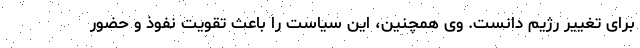
برای تغییر رژیم دانست. وی همچنین، این سیاست را باعث تقویت نفوذ و حضور